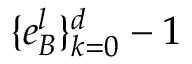
\{ e _ { B } ^ { l } \} _ { k = 0 } ^ { d } - 1